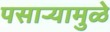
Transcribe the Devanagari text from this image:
पसार्‍यामुळे